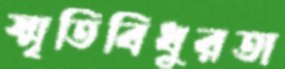
স্মৃতিবিধুরতা